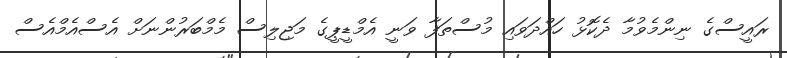
ރައީސްގެ ނިންމެވުމާ ދެކޮޅު ހައްދަވައި މުސްތަފާ ވަނީ އެމްޑީޕީގެ މަޖިލިސް މެމްބަރުންނަށް އެސްއެމްއެސް